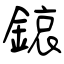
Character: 鎄